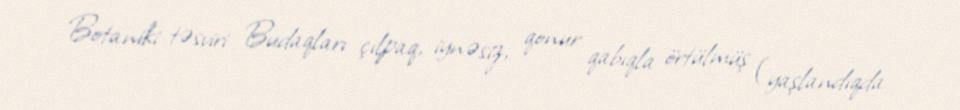
Botaniki təsviri Budaqları çılpaq, iynəsiz, qonur qabıqla örtülmüş (yaşlandıqda